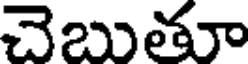
చెబుతూ